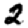
Digit: 2